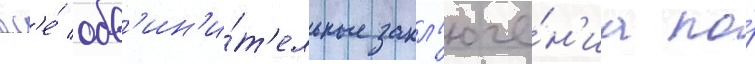
вс'е́ обв'ин'и́т'ельные закл'юче́н'иа по́